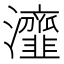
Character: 𤅈